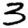
Digit: 3